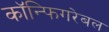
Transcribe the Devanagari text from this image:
कॉन्फिगरेबल